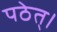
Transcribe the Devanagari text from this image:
पठेत्।